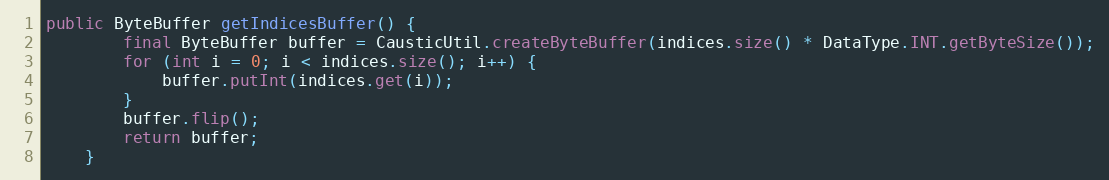
Language: Java
public ByteBuffer getIndicesBuffer() {
        final ByteBuffer buffer = CausticUtil.createByteBuffer(indices.size() * DataType.INT.getByteSize());
        for (int i = 0; i < indices.size(); i++) {
            buffer.putInt(indices.get(i));
        }
        buffer.flip();
        return buffer;
    }